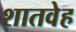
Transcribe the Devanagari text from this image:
शातवेह